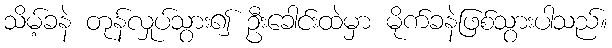
သိမ့်ခနဲ တုန်လှုပ်သွား၍ ဦးခေါင်းထဲမှာ မိုက်ခနဲဖြစ်သွားပါသည်။